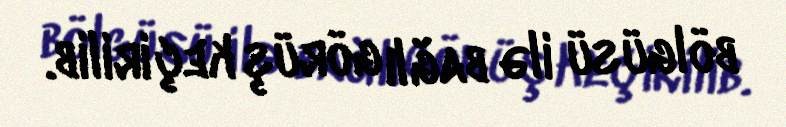
bölgüsü ilə bağlı görüş keçirilib.